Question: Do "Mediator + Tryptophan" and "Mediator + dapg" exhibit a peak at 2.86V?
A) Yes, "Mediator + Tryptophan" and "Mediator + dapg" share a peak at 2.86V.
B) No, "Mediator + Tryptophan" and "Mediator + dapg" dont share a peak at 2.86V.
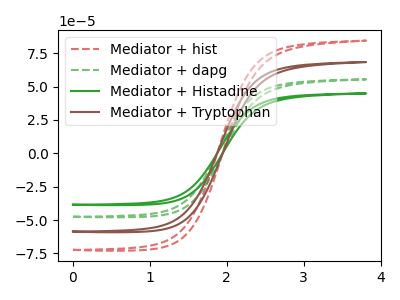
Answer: <think>The red dashed curve "Mediator + hist" has no peaks. The green dashed curve "Mediator + dapg" has no peaks. The green curve "Mediator + Histadine" has no peaks. The brown curve "Mediator + Tryptophan" has no peaks.</think>
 <answer>B) No, "Mediator + Tryptophan" and "Mediator + dapg" dont share a peak at 2.86V.</answer>
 <eval>B</eval>